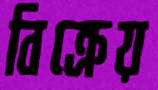
বিক্রেয়